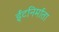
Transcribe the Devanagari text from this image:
ईंटनिर्माता